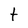
Character: t